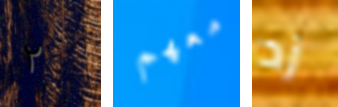
٢ معهم زد